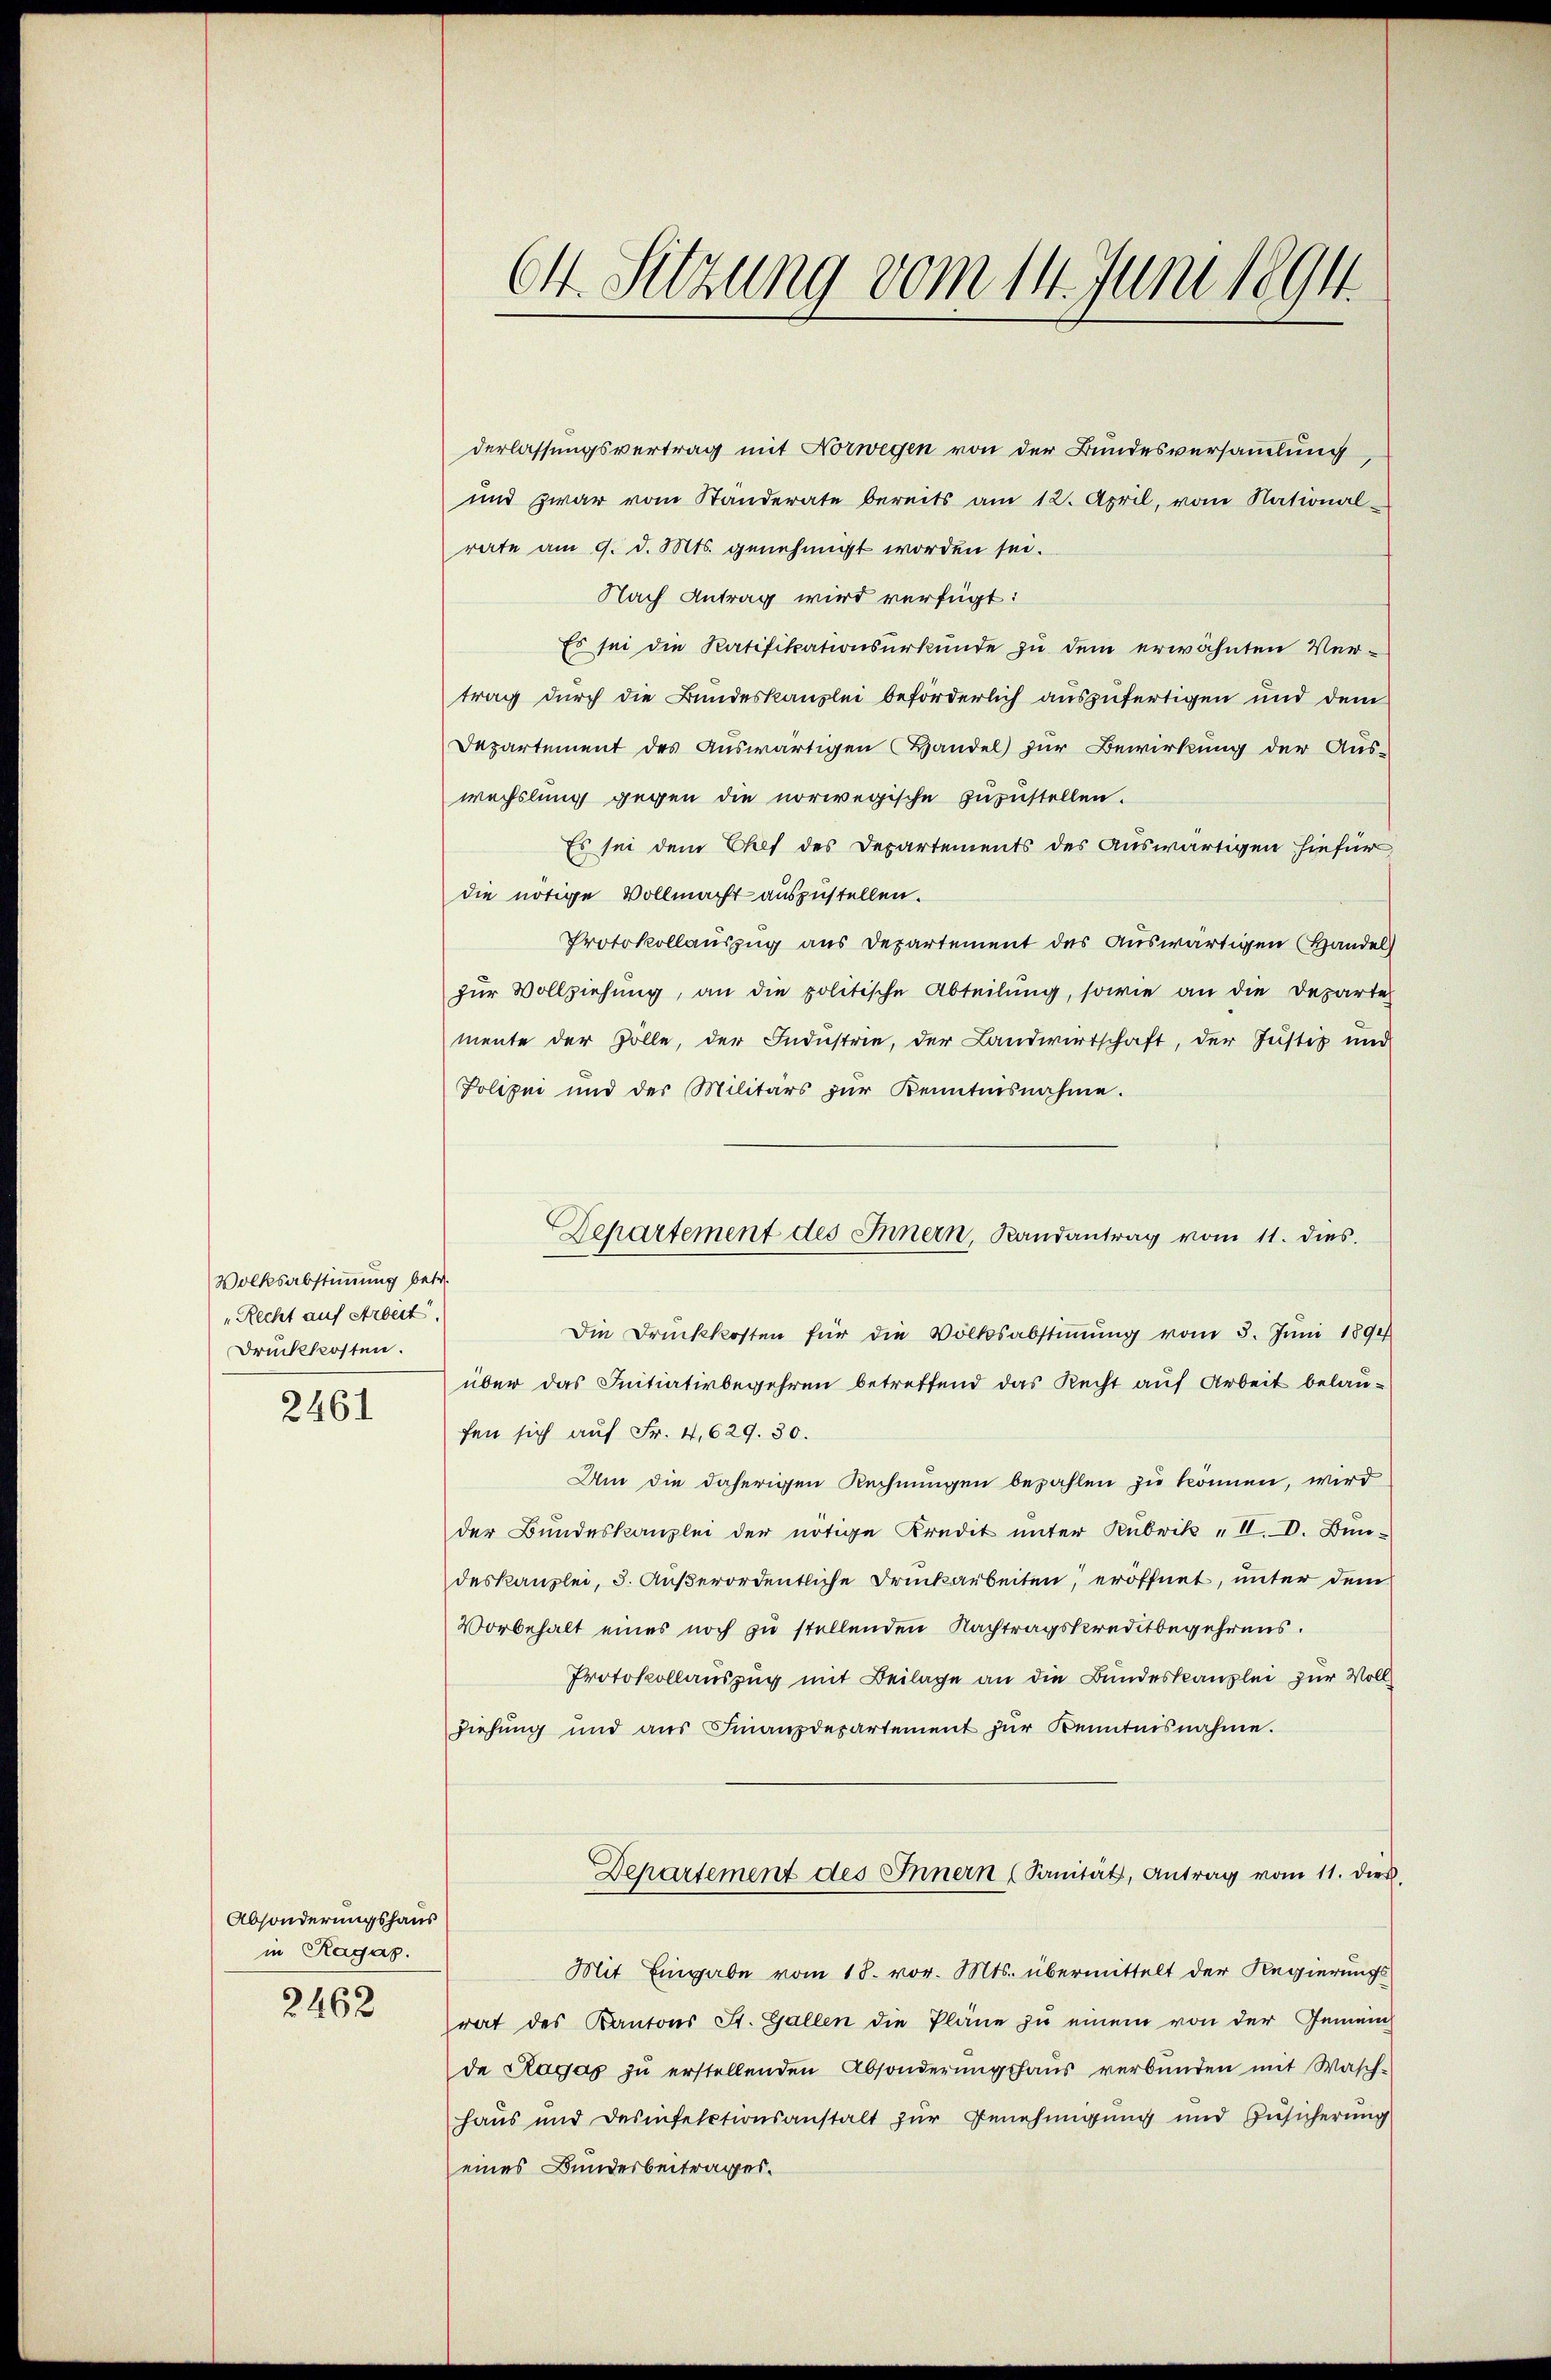
Volksabstimmung betr.
„Recht auf Arbeit.
Drückkosten.
2461

Absonderungshaus
in Ragaz.
2462

derlassungsvertrag mit Norwegen von der Bundesversammlung,
und zwar vom Standerate bereits am 12. April, vom National-
rate am 9. d. Mts. genehmigt worden sei.
Nach Antrag wird verfügt:
Es sei die Ratifikationsurkunde zu dem erwähnten Vertrag durch die Bundeskanzlei beförderlich auszufertigen und dem
Departement des Auswärtigen (Handel zur Bewirkung der Aus-
wechslung gegen die norwegische zuzustellen.
Es sei dem Chef des Departements des auswärtigen hiefür
die nötige Vollmacht auszustellen.
Protokollauszug aus Departement des auswärtigen Handel
zur Vollziehung, an die politische Abteilung, sowie an die Departe
mente der Zolle, der Industrie, der Landwirtschaft, der Justiz und
Polizei und der Militärs zŭr Kenntnisnahme.
Die Druckkosten für die Volksabstiṁŭng vom 3. Jŭni 1891
über das Initiativbegehren betreffend das Recht auf Arbeit belaufen sich auf Fr. 4,629. 30.
Um die daherigen Rechnungen bezahlen zu können, wird
der Bundeskanzlei der nötige Kredit unter Rubrik „II. V. Bundeskanzlei, d. Außerordentliche Druckarbeiten, eröffnet, unter dem
Vorbehalt eines noch zu stellenden Nachtragskreditbegehrens.
Protokollauszug mit Beilage an die Bundeskanzlei zur Voll¬
Ziehŭng und aŭs Finanzdepartement zŭr Kenntnisnahme.
Departement des Innern (Sanität, Antrag vom 11. dies
Mit Eingabe vom 18. vor. Mts. übermittelt der Regierungsrat des Kantons St. Gallen die Pläne zu einem von der Gemein
de Ragas zu erstellenden Absonderungshaus verbunden mit Wasch-
Haus und Desinfectionsanstalt zur Genehmigung und Zusicherung
eines Bundesbeitrages.

64. Sitzung vom 14. Juni 1894.

Dechartement des Innern, Randantrag vom 11. dies